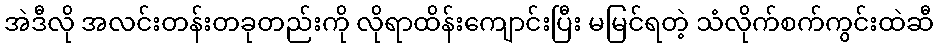
အဲဒီလို အလင်းတန်းတခုတည်းကို လိုရာထိန်းကျောင်းပြီး မမြင်ရတဲ့ သံလိုက်စက်ကွင်းထဲဆီ